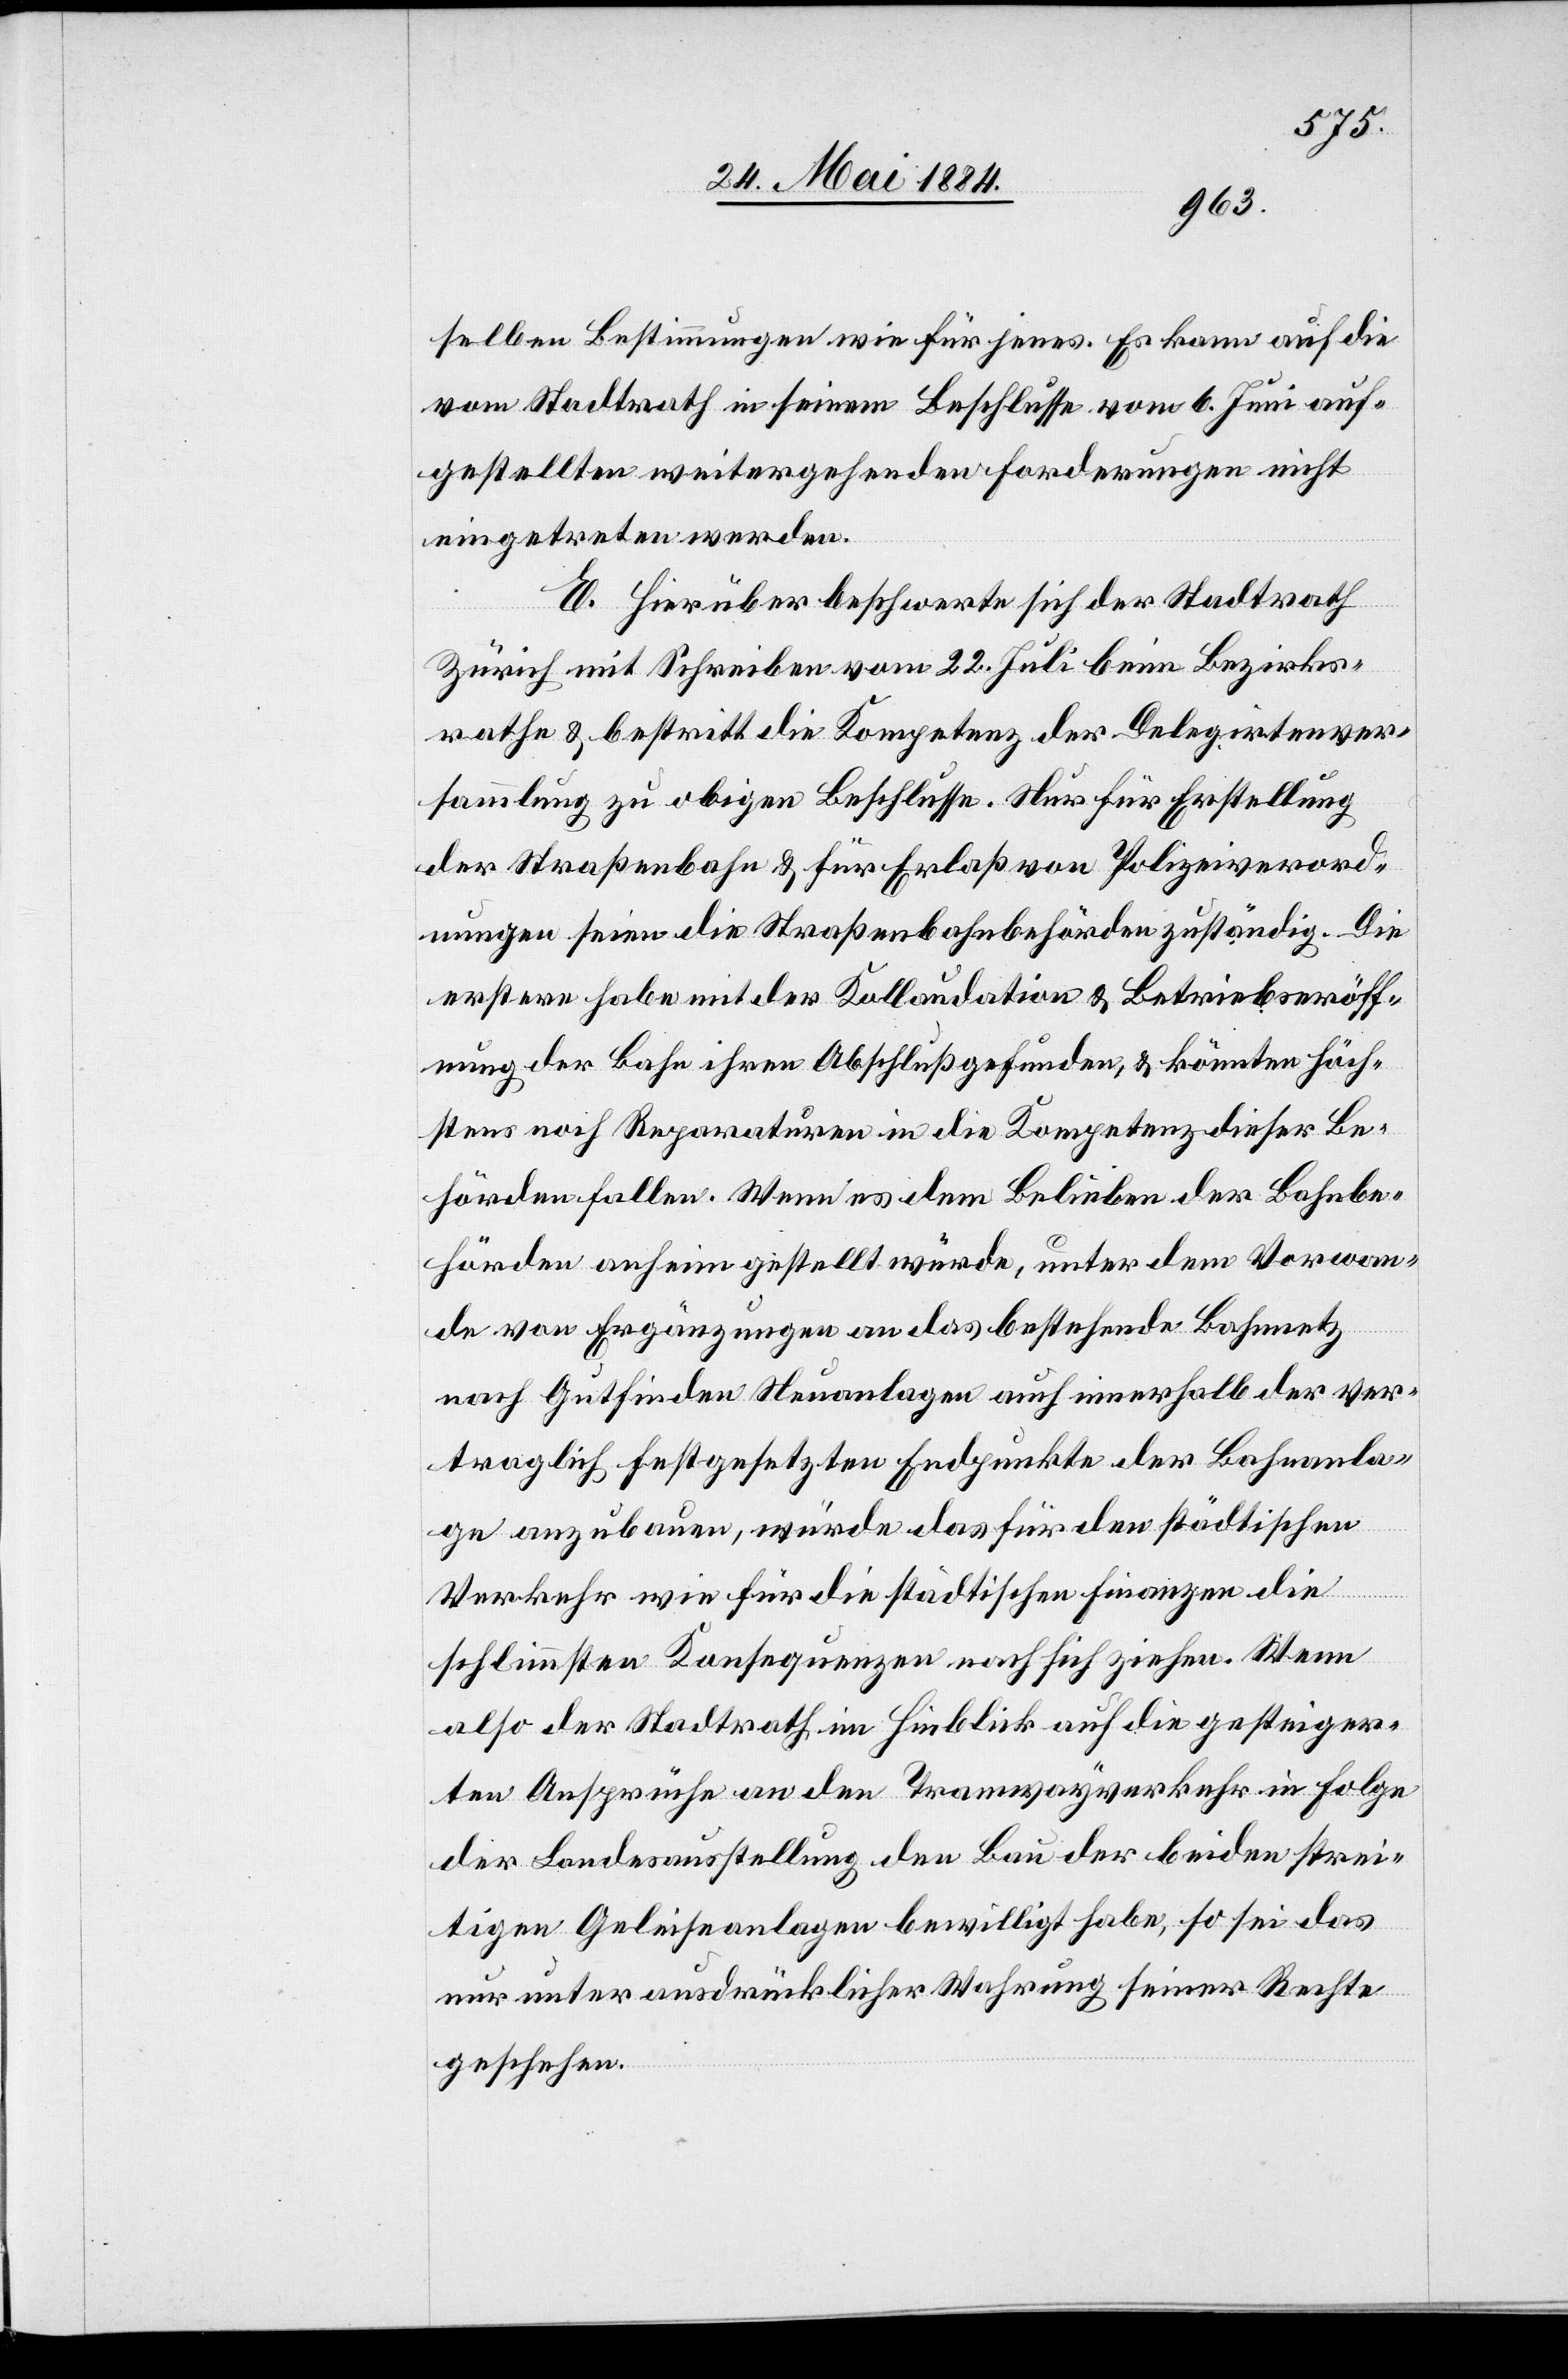
selben Bestimmungen wie für jenes. Es kann auf die
vom Stadtrath in seinem Beschlusse vom 6. Juni auf¬
gestellten weitergehenden Forderungen nicht
eingetreten werden.
E. Hierüber beschwerte sich der Stadtrath
Zürich mit Schreiben vom 22. Juli beim Bezirks¬
rathe & bestritt die Kompetenz der Delegirtenver¬
sammlung zu obigen [sic!] Beschlusse. Nur für Erstellung
der Straßenbahn & für Erlaß von Polizeiverord¬
nungen seien die Straßenbahnbehörden zuständig. Die
erstere habe mit der Kollaudation & Betriebseröff¬
nung der Bahn ihren Abschluß gefunden, & könnten höch¬
stens noch Reparaturen in die Kompetenz dieser Be¬
hörden fallen. Wenn es dem Belieben der Bahnbe¬
hörden anheim gestellt würde, unter dem Vorwan¬
de von Ergänzungen an das bestehende Bahnnetz
nach Gutfinden Neuanlagen auch innerhalb der ver¬
traglich festgesetzten Endpunkte der Bahnanla¬
ge anzubauen, würde das für den städtischen
Verkehr wie für die städtischen Finanzen die
schlimmsten Konsequenzen nach sich ziehen. Wenn
also der Stadtrath im Hinblick auf die gesteiger¬
ten Ansprüchen an den Tramwayverkehr in Folge
der Landesausstellung den Bau der beiden strei¬
tigen Geleiseanlagen bewilligt habe, so sei das
nur unter ausdrücklicher Wahrung seiner Rechte
geschehen.